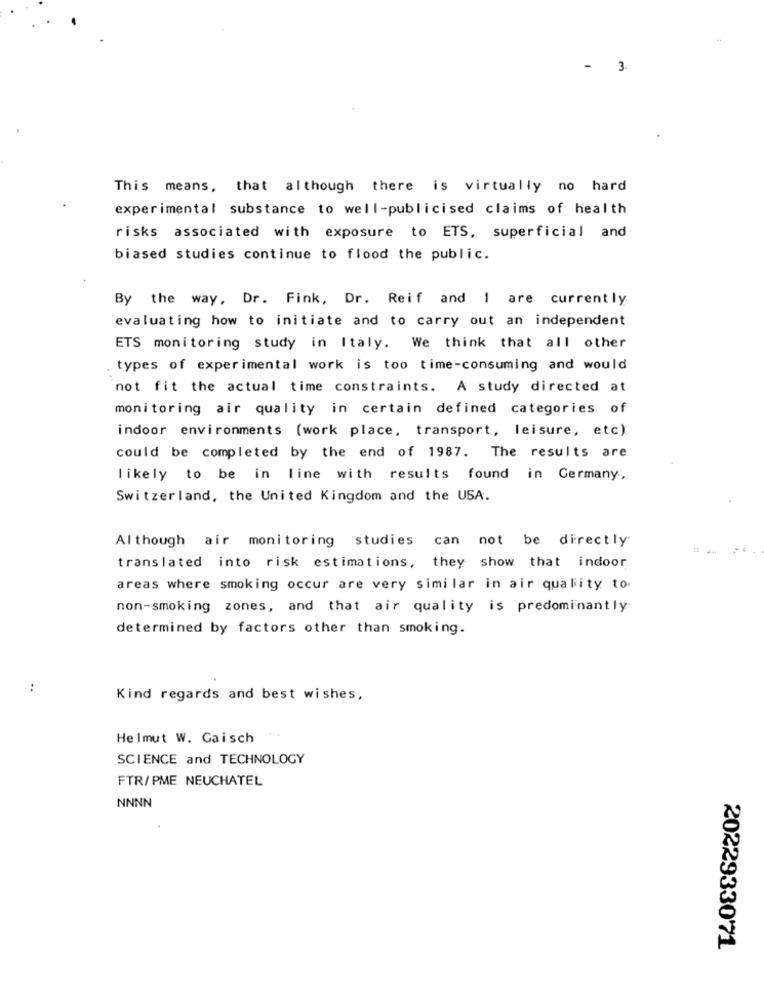
- 3.
This means, that although there is virtually no hard
experimental substance to well-publicised claims of health
risks associated with exposure to ETS, superficial and
biased studies continue to flood the public.
By the way, Dr. Fink, Dr. Reif and 1 are currently
evaluating how to initiate and to carry out an independent
ETS monitoring study in Italy. We think that all other
types of experimental work is too time-consuming and would
not fit the actual time constraints. A study directed at
monitoring air quality in certain defined categories of
indoor environments (work place, transport, leisure, etc)
could be completed by the end of 1987. The results are
likely to be in line with results found in Germany.
Switzerland, the United Kingdom and the USA.
Although air monitoring studies
can not be directly
translated into risk estimations, they show that indoor
areas where smoking occur are very similar in air quality to.
non-smoking zones, and that air quality is predominantly
determined by factors other than smoking.
:
Kind regards and best wishes,
Helmut W. Gaisch
SCIENCE and TECHNOLOGY
FTR/PME NEUCHATEL
NNNN
2022933071